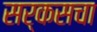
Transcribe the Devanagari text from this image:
सर्कसचा